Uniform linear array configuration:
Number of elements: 48
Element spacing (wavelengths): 0.5
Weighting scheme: blackman
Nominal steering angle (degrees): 60
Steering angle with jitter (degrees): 60.443
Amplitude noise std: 0.05
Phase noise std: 0.05

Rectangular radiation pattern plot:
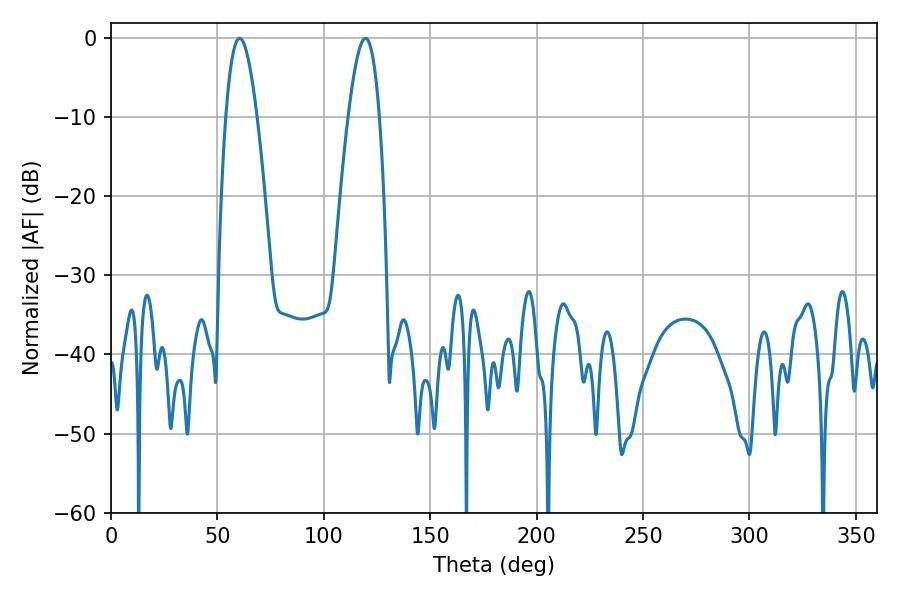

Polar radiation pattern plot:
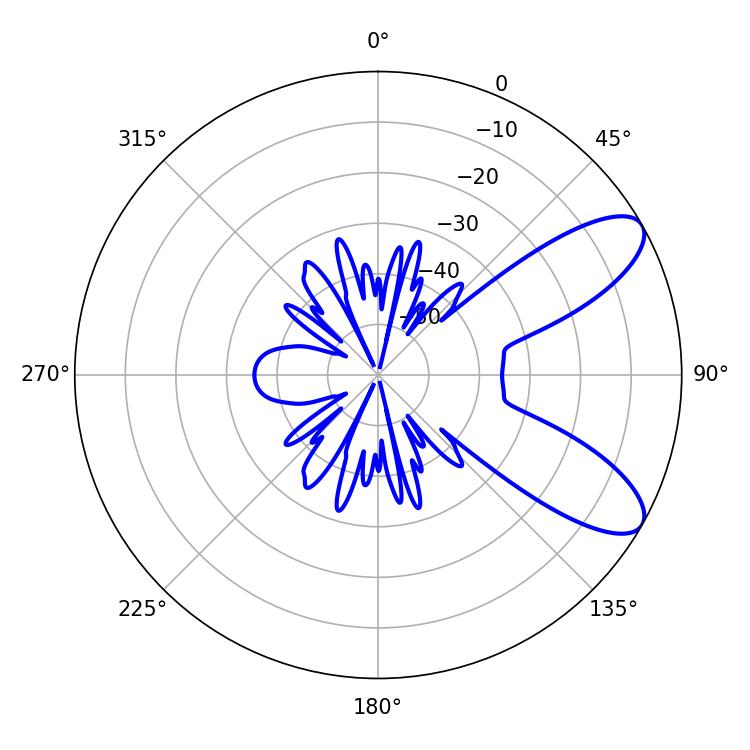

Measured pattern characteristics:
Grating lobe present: FALSE
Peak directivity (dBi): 8.8
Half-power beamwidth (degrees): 7.92
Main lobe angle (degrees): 60.48